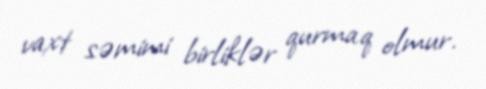
vaxt səmimi birliklər qurmaq olmur.